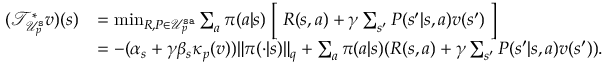
\begin{array} { r l } { ( \mathcal { T } _ { \mathcal { U } _ { p } ^ { \mathtt { s } } } ^ { * } v ) ( s ) } & { = \operatorname* { m i n } _ { { R , P \in \mathcal { U } _ { p } ^ { \mathtt { s a } } } } \sum _ { a } \pi ( a | s ) \Bigm [ R ( s , a ) + \gamma \sum _ { s ^ { \prime } } P ( s ^ { \prime } | s , a ) v ( s ^ { \prime } ) \Bigm ] } \\ & { = - ( \alpha _ { s } + \gamma \beta _ { s } \kappa _ { p } ( v ) ) \lVert \pi ( \cdot | s ) \rVert _ { q } + \sum _ { a } \pi ( a | s ) ( R ( s , a ) + \gamma \sum _ { s ^ { \prime } } P ( s ^ { \prime } | s , a ) v ( s ^ { \prime } ) ) . } \end{array}